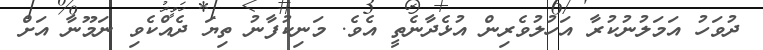
ދުވަހު އަމަލުނުކުރާ އަހުލުވެރިން އުޅެދާނެތީ އެވެ. މަނިކުފާނު ތިޔަ ދެއްކެވި ނަމޫނާ އަށް